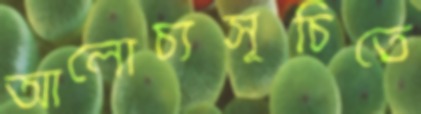
আলোচ্যসূচিতে